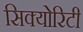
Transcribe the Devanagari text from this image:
सिक्‍योरिटी